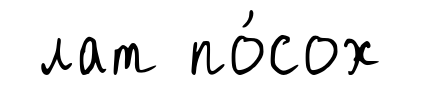
лат по́сох